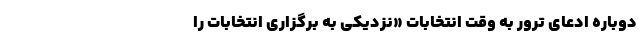
دوباره ادعای ترور به‌ وقتِ انتخابات «نزدیکی به برگزاری انتخابات را